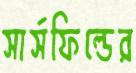
সার্সফিল্ডের